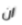
ان